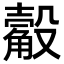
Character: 觳